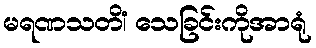
မရဏသတိံ၊ သေခြင်းကိုအာရုံ